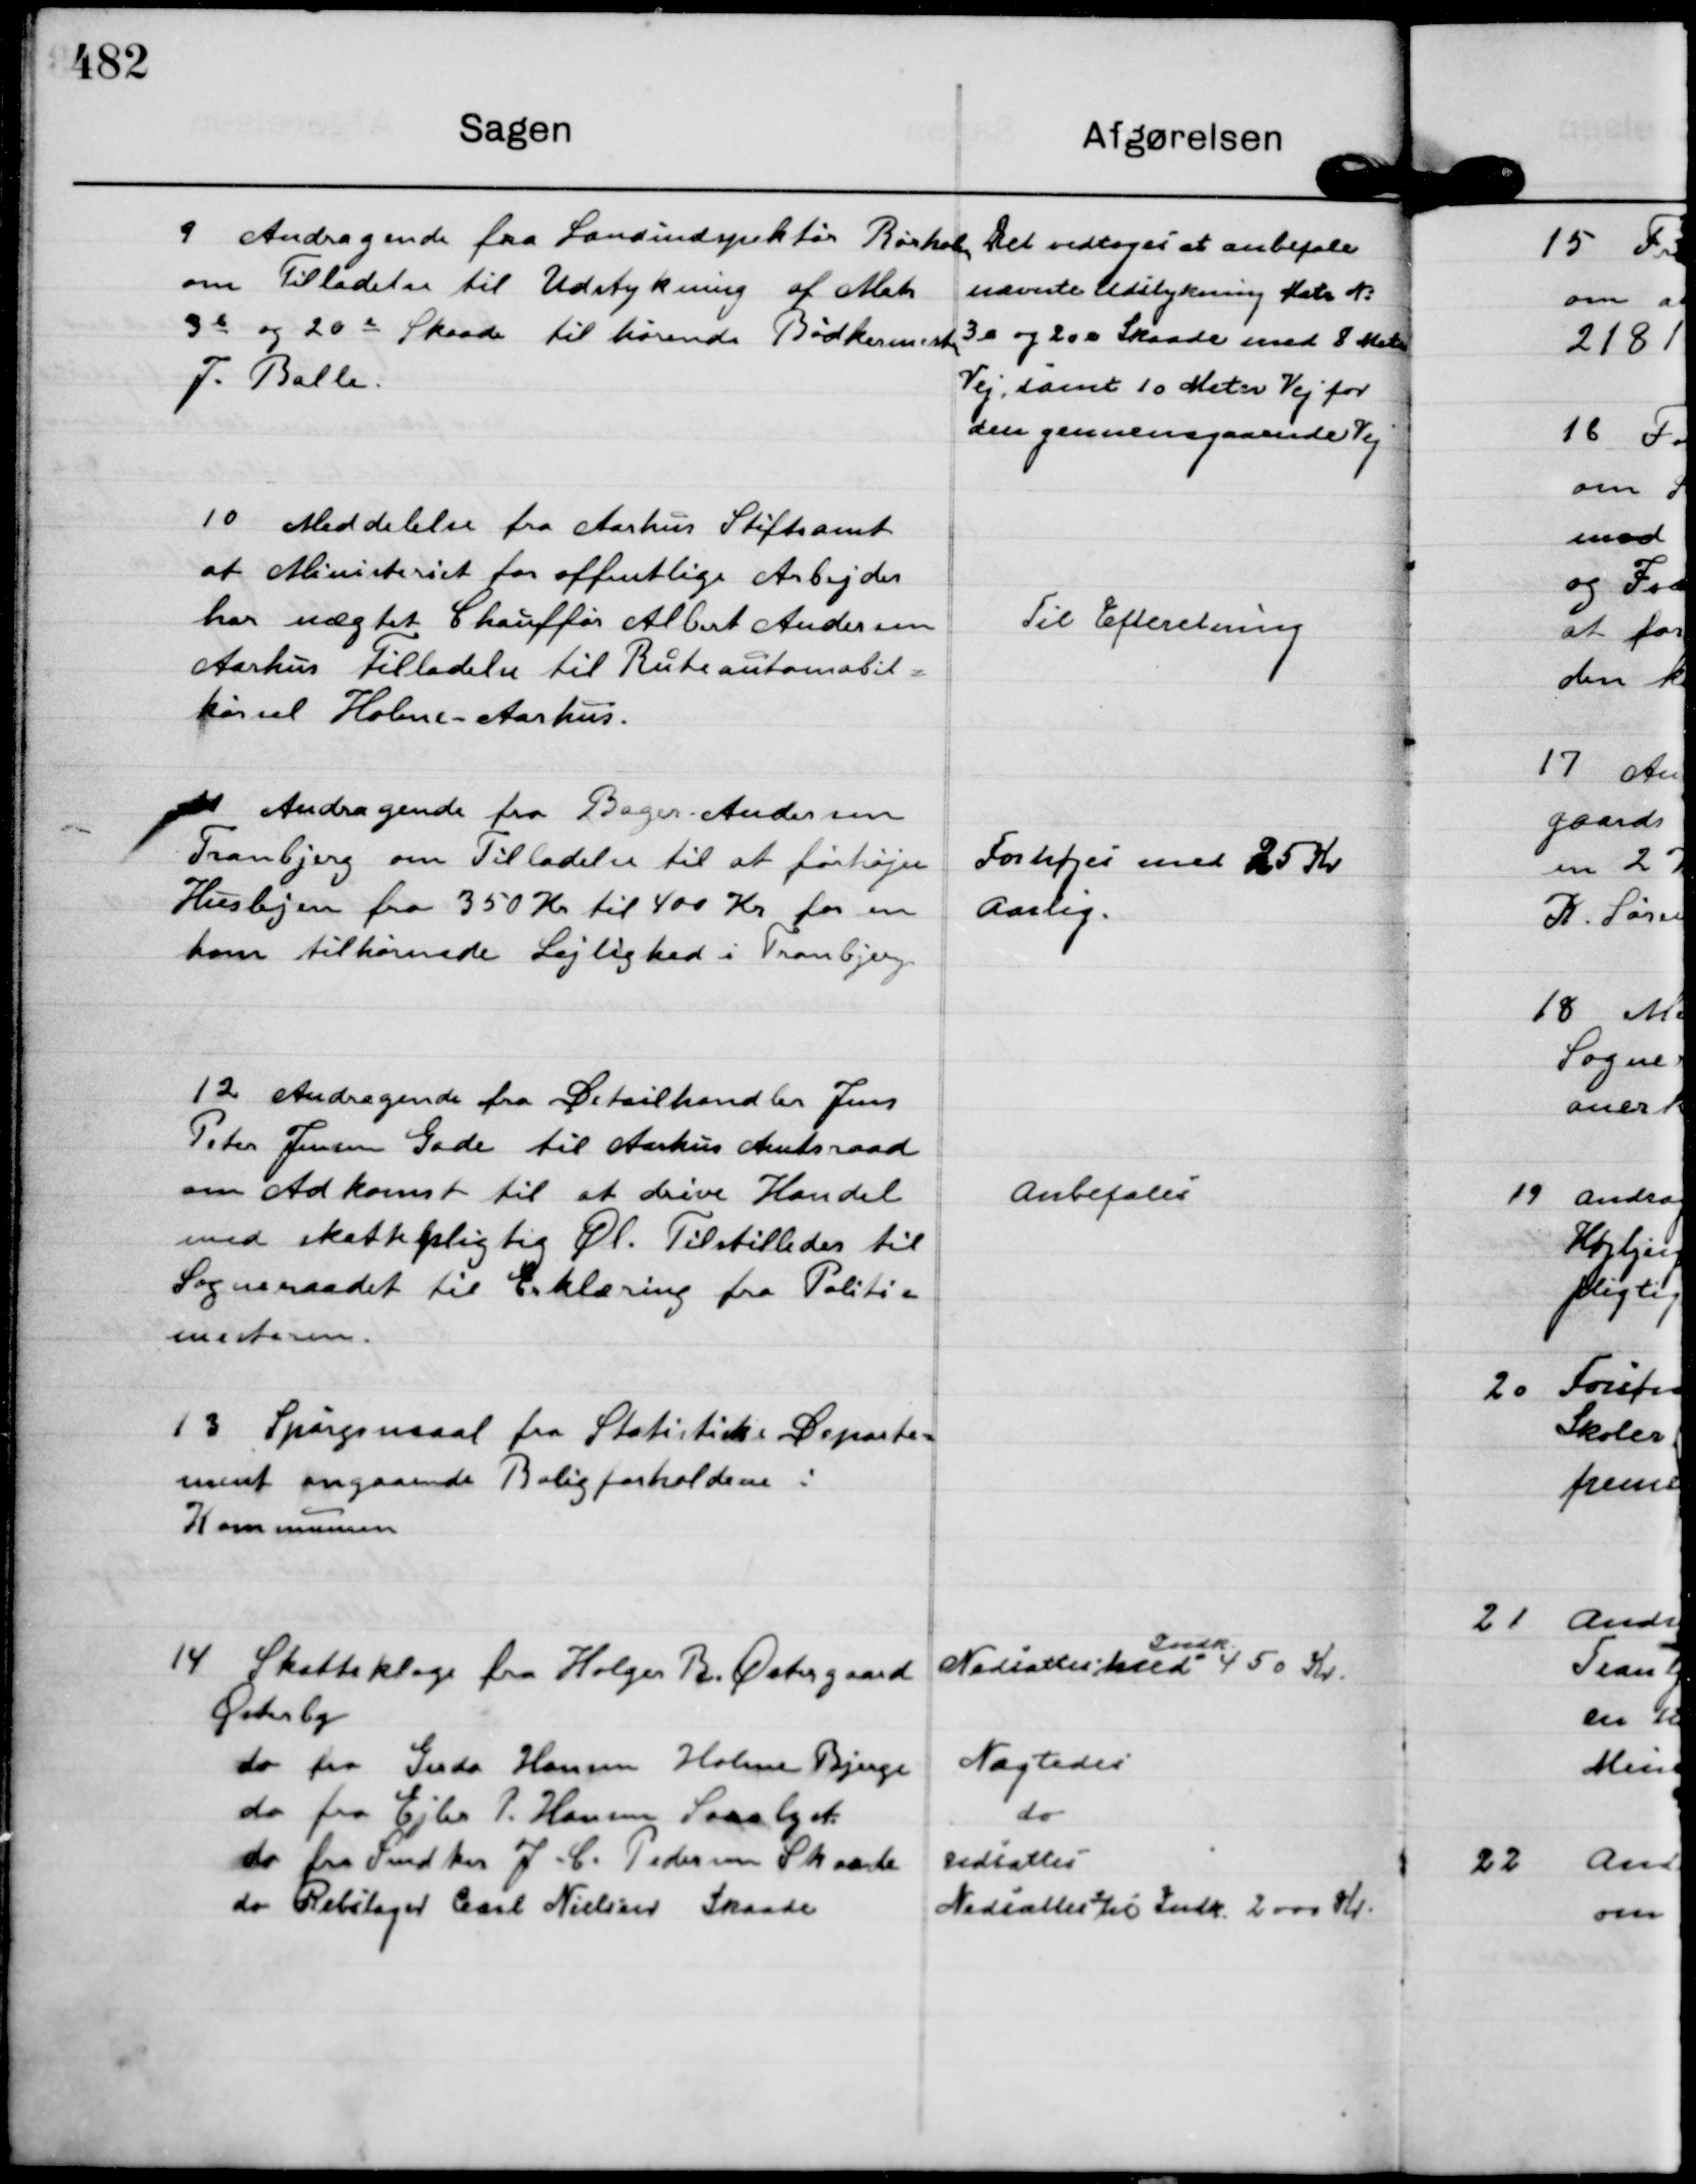
Transskription:
9
Andragende fra Landindspektør Rørholm
om Tilladelse til Udstykning af Matr
3 b og 20 e Skaade tilhørende Bødkermester 
J. Balle.

Det vedtoges at anbefale
nævnte Udstykning Matr N:
3 b og 20 e Skaade med 8 Meter
Vej, samt 10 Meter Vej for
den gennemgaaende Vej

10
Meddelelse fra Aarhus Stiftamt 
at Ministeriet for offentlige Arbejder
har nægtet Chauffør Albert Andersen
Aarhus Tilladelse til Ruteautomobil=
kørsel Holme - Aarhus.

Til Efteretning

11
Andragende fra Bager Andersen
Tranbjerg om Tilladelse til at forhøje
Huslejen fra 350 Kr til 400 Kr for en
ham tilhørende Lejlighed i Tranbjerg

Forhøjes med 25 Kr
aarlig.

12
Andragende fra Detailhandler Jens
Peter Jensen Gade til Aarhus Amtsraad
om Adkomst til at drive Handel
med skattepligtig Øl. Tilstilledes til
Sogneraadet til Erklæring fra Politi=
mesteren.

Anbefales

13
Spørgsmaal fra Statistiske Departe=
ment angaaende Boligforholdene i
Kommunen

14
Skatteklage fra Holger B. Østergaard
Østerby
Nedsættes med
Indk.
450 Kr.
do fra Gerda Hansen Holme Bjerge
Nægtedes
do fra Ejler P. Hansen Saralyst
do
do fra Fmd hos J. C. Pedersen Skaade
Udsattes
do Rebslager Carl Nielsen Skaade
Nedsættes til Indk. 2000 Kr.